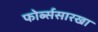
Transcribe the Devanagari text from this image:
फोर्ब्ससारखा